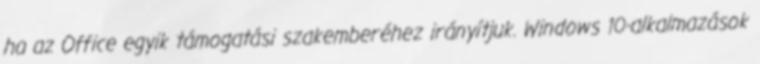
ha az Office egyik támogatási szakemberéhez irányítjuk. Windows 10-alkalmazások